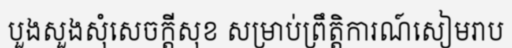
បួងសួងសុំសេចក្តីសុខ សម្រាប់ព្រឹត្តិការណ៍សៀមរាប